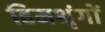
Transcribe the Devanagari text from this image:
हिमश्रृंगों